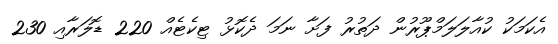
އެކަމަކު ކުއާލަލަމްޕޫރުން ދަތުރު ފަށާ ނަމަ ދެކޮޅު ޓިކެޓެއް 220 ޑޮލަރާއި 230